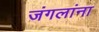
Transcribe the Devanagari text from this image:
जंगलांना